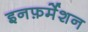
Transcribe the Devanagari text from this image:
इनफ़र्मेशन